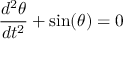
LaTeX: { \frac { d ^ { 2 } \theta } { d t ^ { 2 } } } + \sin ( \theta ) = 0